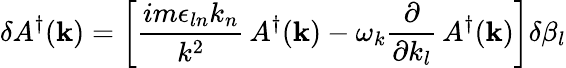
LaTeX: \delta A^{\dagger}({\mathbf k})=\left[\frac{im\epsilon_{ln}k_{n}}{k^{2}}\, A^{\dagger}({\mathbf k})-\omega_{k}\frac{\partial}{\partial k_{l}}\, A^{\dagger}({\mathbf k})\right]\delta\beta_{l}